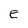
Character: E